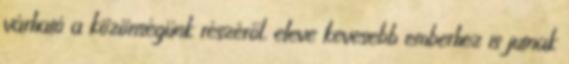
várható a közönségünk részéről, eleve kevesebb emberhez is jutnak